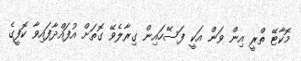
މޮކާޓޭ ތްރީ އިން ވަން އަކީ ފަސޭހައިން ގިރާލެވޭ ގޮތަށް އުފައްދާފައިވާ ކޮފީގެ